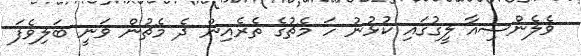
ވެލެންސިއާ ލީގުގައި ކުޅުނު ހަ މެޗުގެ ތެރެއިން ދެ މެޗުން ވަނީ ބަލިވެފަ